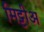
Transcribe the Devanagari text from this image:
मिट्टीअ